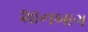
શાનબાગ